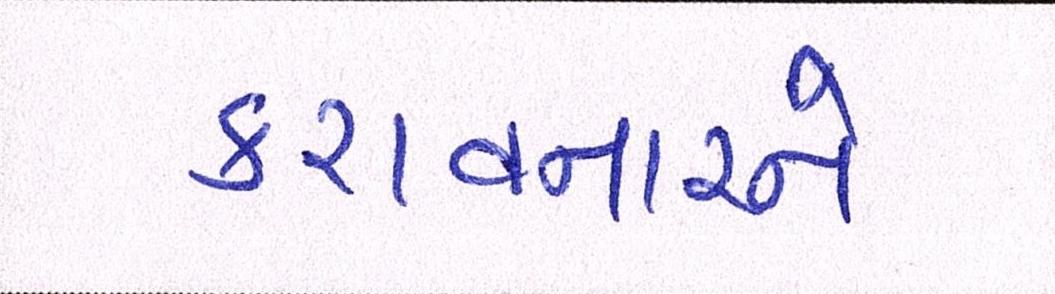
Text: કરાવનારને